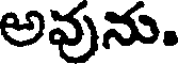
అవును.